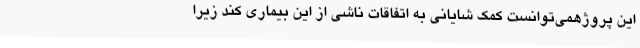
این پروژهمی‌توانست کمک شایانی به اتفاقات ناشی از این بیماری کند زیرا